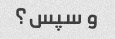
و سپس؟